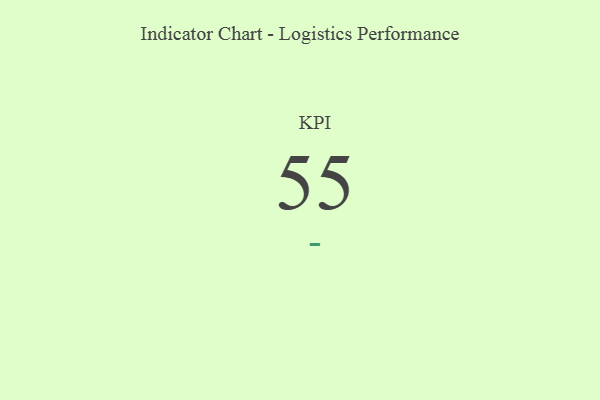
{"axis": {"x": "KPI", "y": "Value"}, "legend": [""], "data": [{"x": "KPI", "y": 55, "type": ""}]}